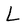
Character: L